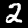
Label: 2